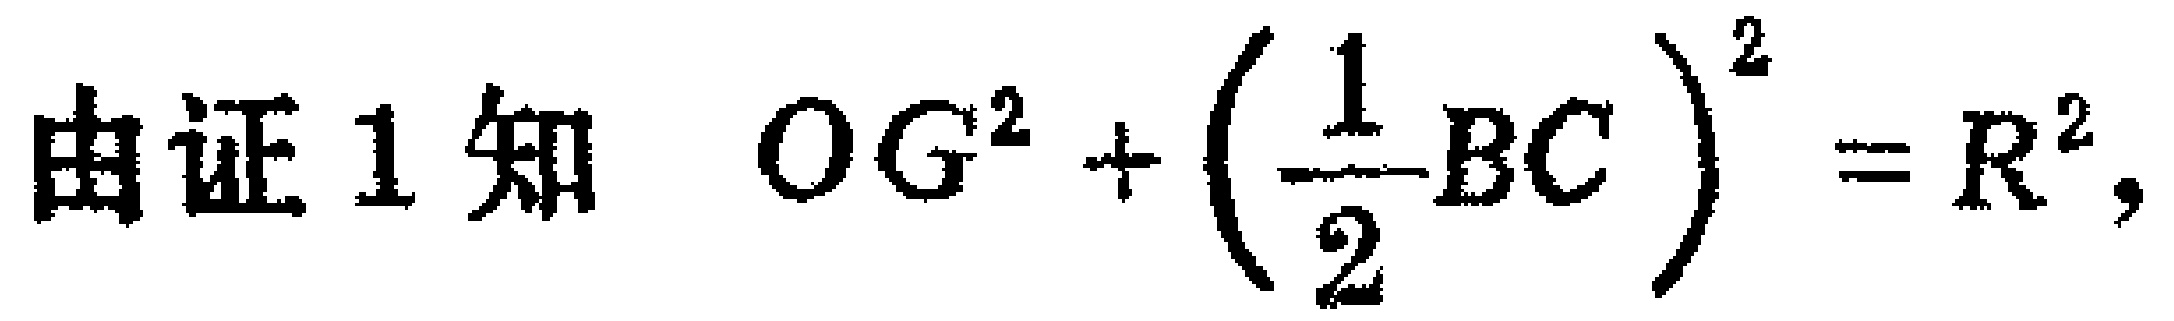
由证 1 知 \(OG^{2}+\left(\frac{1}{2}BC\right)^{2}=R^{2}\)，